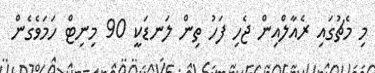
މި މެޗުގައި ރެއާލްއިން ޖެހި ފަހު ތިން ލަނޑަކީ 90 މިނިޓް ހަމަވެގެން